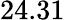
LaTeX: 24.31